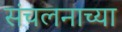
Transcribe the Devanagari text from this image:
संचलनाच्या